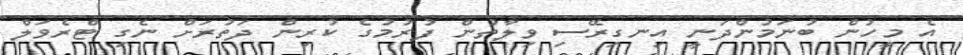
އެ މީހުން ބުނަމުންދަނީ އިނގިރޭސި ވިލާތުން ފުރުމުގެ ކުރިން ދަތުރަށް ނެގި ޓްރެވަލް